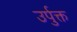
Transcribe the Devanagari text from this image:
उर्पुक्त